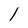
Character: l